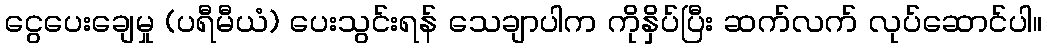
ငွေပေးချေမှု (ပရီမီယံ) ပေးသွင်းရန် သေချာပါက ကိုနှိပ်ပြီး ဆက်လက် လုပ်ဆောင်ပါ။